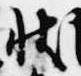
状